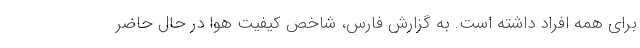
برای همه افراد داشته است. به گزارش فارس، شاخص کیفیت هوا در حال حاضر